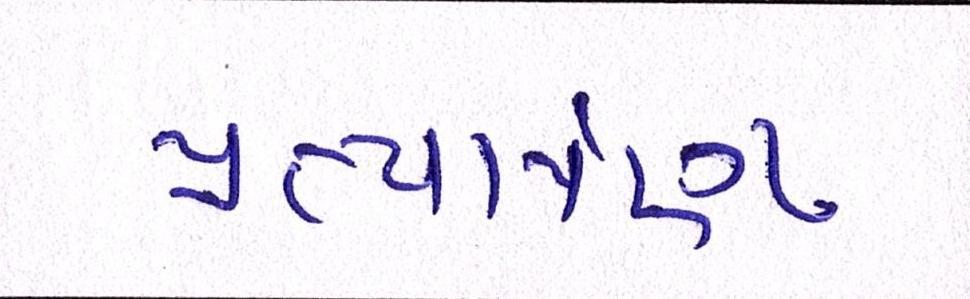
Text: પ્રત્યાર્પણ